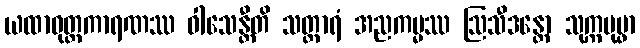
ယထာဝုတ္တကာရဏဿ ဝါသေန္တီတိ သတ္ထာရံ အညကမ္မဿ ဩသီဒန္တော သုက္ကပုပ္ဖာ